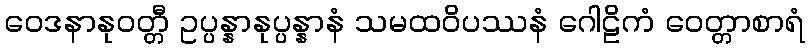
ဝေဒနာနုဝတ္တီ ဥပ္ပန္နာနုပ္ပန္နာနံ သမထဝိပဿနံ ဂေါဠိကံ ဝေတ္တာစာရံ